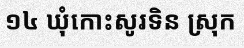
១៤ ឃុំកោះសូរទិន ស្រុក